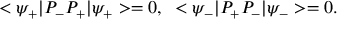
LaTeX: < \psi _ { + } | P _ { - } P _ { + } | \psi _ { + } > = 0 , \; \; < \psi _ { - } | P _ { + } P _ { - } | \psi _ { - } > = 0 .